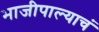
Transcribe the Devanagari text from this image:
भाजीपाल्याचं